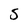
Character: 5